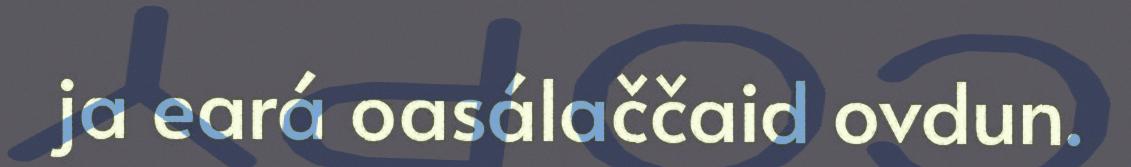
ja eará oasálaččaid ovdun.